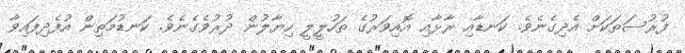
ފުރުސަތަކަށް އެދިގެނެވެ. ކަނޑާއި ރާޅާއި އޮއިވަރުގެ ތަހުލީލީ ހިޔާލުން ދުރުވެގެނެވެ. ކަނޑުމަތިން އުފެދިފައިވާ